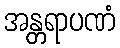
အန္တရာပဏံ